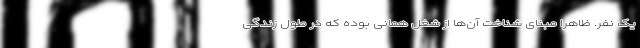
یک نفر. ظاهرا مبنای شناخت آن‌ها از شغل همانی بوده که در طول زندگی